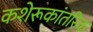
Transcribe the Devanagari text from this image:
कशेरूकांतरिक